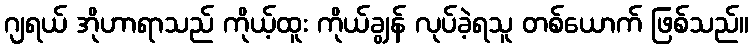
ဂျရယ် အိုဟာရာသည် ကိုယ့်ထူး ကိုယ်ချွန် လုပ်ခဲ့ရသူ တစ်ယောက် ဖြစ်သည်။